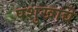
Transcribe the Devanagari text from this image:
पशुखाद्ये